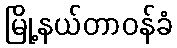
မြို့နယ်တာဝန်ခံ